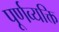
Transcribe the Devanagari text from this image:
पूर्णव्यक्ति